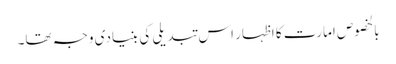
بالخصوص امارت کا اظہار اس تبدیلی کی بنیادی وجہ تھا۔